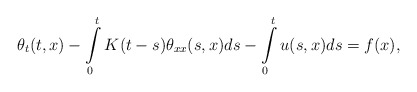
\begin{align*}\theta_{t}(t,x)-\int\limits^t_0K(t-s)\theta_{xx}(s,x)ds-\int\limits^t_0u(s,x)ds=f(x),\end{align*}